Annual administration report of the Civil Veterinary Department of India - 1893-1894
Year: 1893
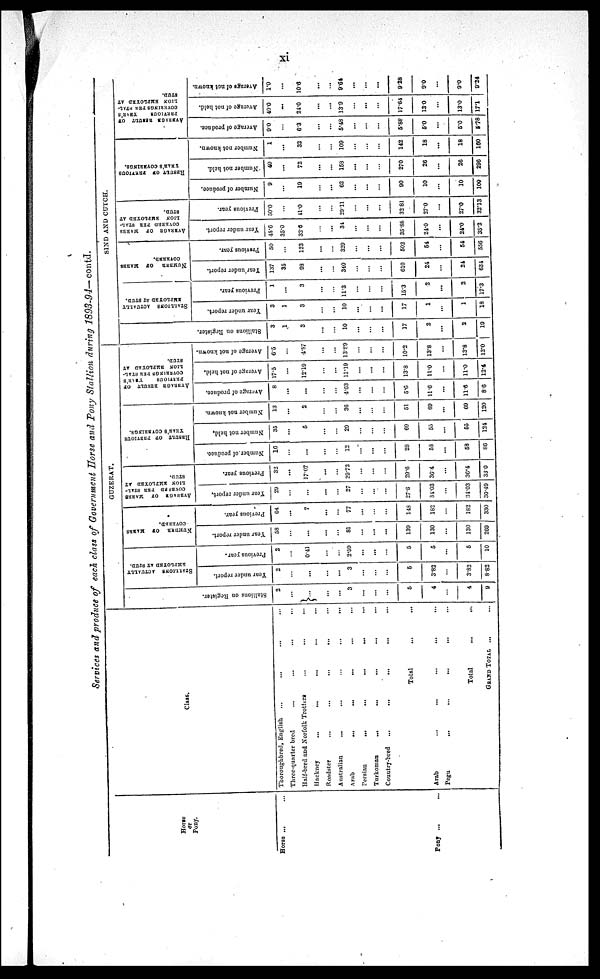
xi
Services and produce of each class of Government Horse and Pony Stallion during 1893-94—contd.
Horse
or
Pony.
Horse ...
...
Pony ... ...
Class.
Thoroughbred, English ... ... ... ...
Three-quarter bred
...
...
... ...
Half-bred and Norfolk Trotters ... ... ...
Hackney
...
...
...
...
...
Roadster
...
...
...
...
...
Australian
...
...
...
...
...
Arab
...
...
...
...
...
Persian
...
...
...
...
...
Turkoman
...
...
...
...
...
Country-bred
...
...
...
...
...
Total
Arab
...
...
...
...
...
Pegu
...
...
...
...
...
Total ... ...
GRAND TOTAL ... ...
GUZERAT.
Stallions on Register.
2
...
...
...
...
3
...
...
...
5
4
...
4
9
STALLIONS
ACTUALLY
EMPLOYED AT STUD.
Year under report.
2
...
...
...
...
3
...
...
...
5
3.82
...
3.82
8.82
Previous year.
2
...
0.41
...
...
2.59
...
...
...
5
5
...
5
10
NUMBER
OF
MARES
COVERED.
Year under report.
58
...
...
...
...
81
...
...
...
139
130
...
130
269
Previous year.
64
...
7
...
...
77
...
...
...
148
182
...
182
330
AVERAGE
OF
MARKS
COVERED PER STAL-
LION EMPLOYED AT
STUD.
Year under report.
29
...
...
...
...
27
...
...
...
27.8
34.03
...
34.03
30.49
Previous year.
32
...
17.07
...
...
29.72
...
...
...
29.6
36.4
...
36.4
33.0
RESULT OF PREVIOUS
YEAR'S COVERINGS.
Number of produce.
16
...
...
...
...
12
...
...
...
28
58
...
58
86
Number not held.
35
...
5
...
...
29
...
...
...
69
55
...
55
124
Number not known.
13
...
2
...
...
36
...
...
...
51
69
...
69
120
AVERAGE RESULT OF
PREVIOUS
YEAR'S
COVERINGS PER STAL-
LION EMPLOYED AT
STUD.
Average of produce.
8
...
...
...
...
4.63
...
...
...
5.6
11.6
...
11.6
8.6
Average of not held.
17.5
...
12.19
...
...
11.19
...
...
...
13.8
11.0
...
11.0
12.4
Average of not known.
6.5
...
4.87
...
...
13.89
...
...
...
10.2
13.8
...
13.8
12.0
SIND AND CUTCH.
Stallions on Register.
3
1
3
...
...
10
...
...
...
17
2
...
2
19
STALLIONS ACTUALLY
EMPLOYED AT STUD.
Year under report.
3
1
3
...
...
10
...
...
...
17
1
...
1
18
Previous year.
1
...
3
...
...
11.3
...
...
...
15.3
2
...
2
17.3
NUMBER OF
MARES
COVERED.
Year under report.
137
35
93
...
...
340
...
...
...
610
24
...
24
634
Previous year.
50
...
123
...
...
329
...
...
...
502
54
...
54
556
AVERAGE OF
MARES
COVERED PEE
STAL-
LION EMPLOYED AT
STUD.
Year under report.
45.6
35.0
32.6
...
...
34
...
...
...
35.88
24.0
...
24.0
35.2
Previous year.
50.0
...
41.0
...
...
29.11
...
...
...
32.81
27.0
...
27.0
32.13
RESULT OF PREVIOUS
YEAR'S COVERINGS.
Number of produce.
9
...
19
...
...
62
...
...
...
90
10
...
10
100
Number not held.
40
...
72
...
...
158
...
...
...
270
26
...
26
296
Number not known.
1
...
32
...
...
109
...
...
...
142
18
...
18
160
AVERAGE RESULT OF
PREVIOUS
YEAR'S
COVERINGS PER STAL-
LION EMPLOYED AT
STUD.
Average of produce.
9.0
...
6.3
...
...
5.48
...
...
...
5.88
5.0
...
5.0
5.78
Average of not held.
40.0
...
24.0
...
...
13.9
...
...
...
17.64
13.0
...
13.0
17.1
Average of not known.
1.0
...
10.6
...
...
9.64
...
...
...
9.28
9.0
9.0
9.24